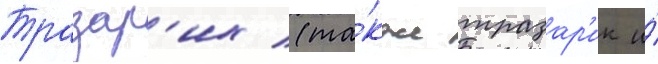
Тразар'их (та́кже тразар'ик и́